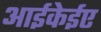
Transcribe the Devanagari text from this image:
आईकेईए